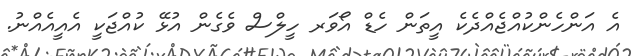
އެ އަންހެންކުއްޖެއްދެކެ އީތަން ހެޑް އޯވަރ ހީލްސް ވެގެން އުޅޭ ކުއްޖަކީ އެއީއެއްނު.